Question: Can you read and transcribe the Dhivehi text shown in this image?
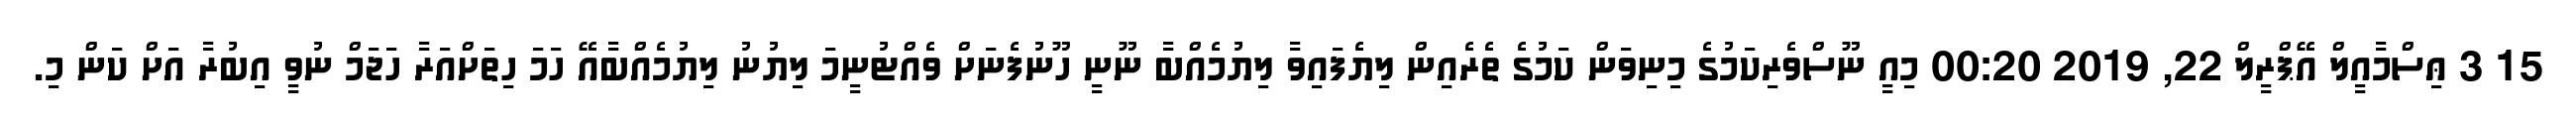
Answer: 15 3 ޢިސްމާއީލް އޭޕްރީލް 22, 2019 00:20 މިއީ ނޫސްވެރިކަމުގެ މިނިވަން ކަމުގެ ތެރެއިން ލިޔެފައިވާ ލިޔުމެއްބާ ނޫނީ ހޫނުފެނަށް ވެއްޓުނީމަ ލިޔުނު ލިޔުމެއްބާއޭ ހަމަ ހިތަށްއަރާ ހަޖަމް ނުވީ އިބުރާ އަށް ކަން މި.